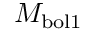
M _ { \mathrm { b o l 1 } }